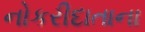
નોકરીદાતાના